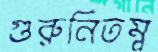
গুরুনিতম্ব